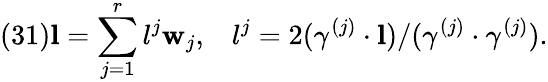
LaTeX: (31){\mathbf l}=\sum_{j=1}^{r}l^{j}{\mathbf w}_{j},\; \; \; l^{j}=2(\gamma^{(j)}\cdot{\mathbf l})/(\gamma^{(j)}\cdot\gamma^{(j)}).